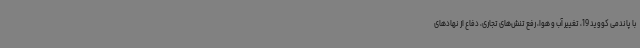
با پاندمی کووید 19، تغییر آب و هوا، رفع تنش‌های تجاری، دفاع از نهادهای